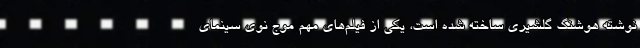
نوشته هوشنگ گلشيري ساخته شده است، يکي از فيلم‌هاي مهم موج‌ نوي سينماي